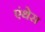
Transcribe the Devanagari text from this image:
एंथेस